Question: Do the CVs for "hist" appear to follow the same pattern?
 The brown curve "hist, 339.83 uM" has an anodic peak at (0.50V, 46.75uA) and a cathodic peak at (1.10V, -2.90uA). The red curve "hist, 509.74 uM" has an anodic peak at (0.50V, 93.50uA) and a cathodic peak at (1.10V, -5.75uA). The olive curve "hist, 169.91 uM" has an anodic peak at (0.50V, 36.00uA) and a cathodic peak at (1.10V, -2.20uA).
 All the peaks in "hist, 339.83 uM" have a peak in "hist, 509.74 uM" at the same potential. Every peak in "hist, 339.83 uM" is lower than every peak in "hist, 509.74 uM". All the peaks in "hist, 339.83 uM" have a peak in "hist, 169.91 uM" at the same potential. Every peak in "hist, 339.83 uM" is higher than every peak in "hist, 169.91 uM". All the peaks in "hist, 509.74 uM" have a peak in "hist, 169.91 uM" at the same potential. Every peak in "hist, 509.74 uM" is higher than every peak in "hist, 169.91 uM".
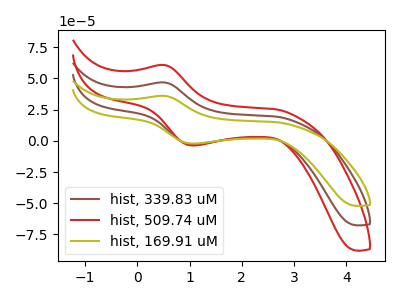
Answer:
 <answer>All the CV's of "hist" have similar shape.</answer>
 <eval>follow_rule</eval>